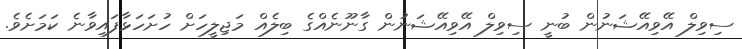
ސިވިލް އޭވިއޭޝަނުން ބުނީ ސިވިލް އޭވިއޭޝަނުން ގާނޫނެއްގެ ބިލެއް މަޖިލީހަށް ހުށަހަޅާފައިވާނެ ކަމަށެވެ.